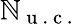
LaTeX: \mathbb{N}_{\mathrm{{~u~.~c~.~}}}